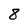
Character: 8